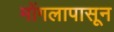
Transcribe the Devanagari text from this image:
मोंगलापासून